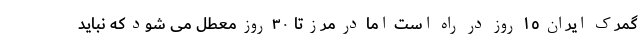
گمرک ایران ١٥ روز در راه است اما در مرز تا ٣٠ روز معطل می شود که نباید